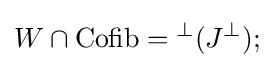
W\cap \operatorname {Cofib} ={}^{\perp }(J^{\perp });